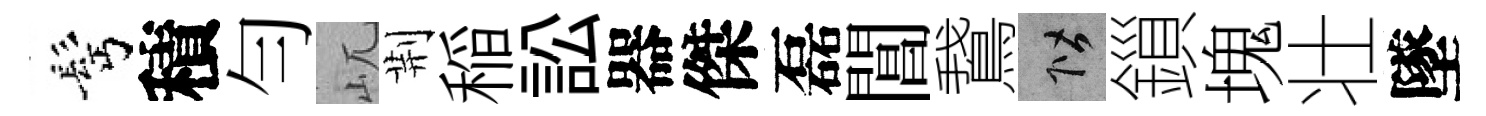
髩積勻屼荆稲訟器傑磊閶鵞階鎻塊壮墜